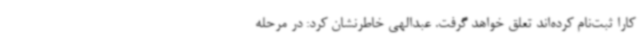
کارا ثبت‌نام کرده‌اند تعلق خواهد گرفت. عبدالهی خاطرنشان کرد: در مرحله